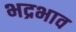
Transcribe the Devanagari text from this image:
भद्रभाव